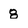
Character: 8